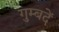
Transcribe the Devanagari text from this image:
गुम्बदें